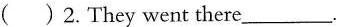
()2.They went there ___.